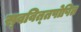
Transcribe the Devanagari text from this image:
स्‍ववित्‍तपोषित